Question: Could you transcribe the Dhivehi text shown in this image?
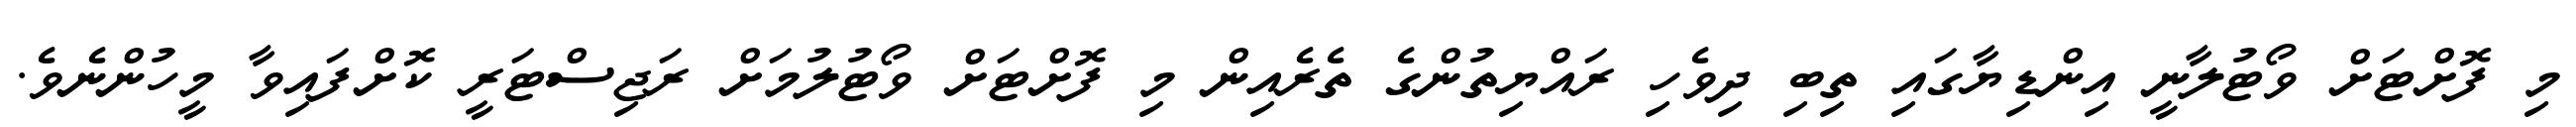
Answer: މި ފޮށްޓަށް ވޯޓުލާނީ އިންޑިޔާގައި ތިބި ދިވެހި ރައްޔިތުންގެ ތެރެއިން މި ފޮށްޓަށް ވޯޓުލުމަށް ރަޖިސްޓަރީ ކޮށްފައިވާ މީހުންނެވެ.